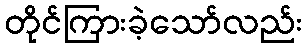
တိုင်ကြားခဲ့သော်လည်း